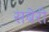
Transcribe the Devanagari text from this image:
सबेरी